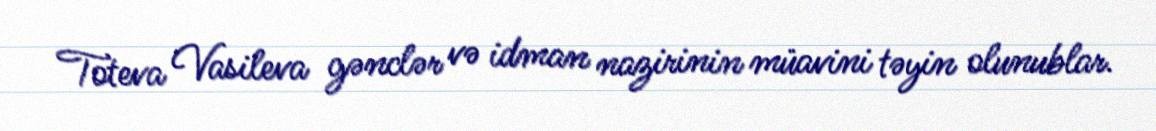
Toteva Vasileva gənclər və idman nazirinin müavini təyin olunublar.